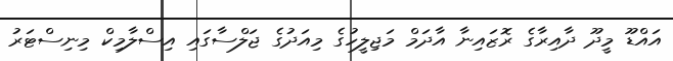
އައްޑޫ މީދޫ ދާއިރާގެ ރޮޒައިނާ އާދަމް މަޖިލީހުގެ މިއަދުގެ ޖަލްސާގައި އިސްލާމިކް މިނިސްޓަރު